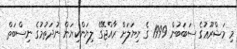
މި މަޝްރޫޢުގެ ސަބަބުން 1999 ގެ ނިޔަލަށް ރާއްޖޭގެ ލިޔަންކިޔަން ނުދަތުމުގެ ނިސްބަތް